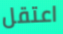
اعتقل